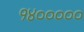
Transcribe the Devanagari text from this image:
१४०००००